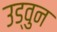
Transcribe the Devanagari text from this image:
उड्वुन